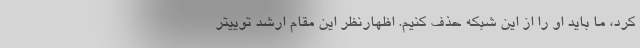
کرد، ما باید او را از این شبکه حذف کنیم. اظهارنظر این مقام ارشد توییتر